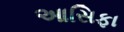
આસિફા